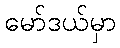
မော်ဒယ်မှာ